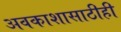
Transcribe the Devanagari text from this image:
अवकाशासाठीही